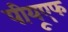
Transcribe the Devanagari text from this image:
पीयूएफ